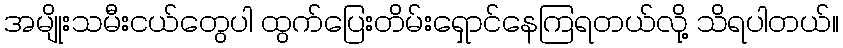
အမျိုးသမီးငယ်တွေပါ ထွက်ပြေးတိမ်းရှောင်နေကြရတယ်လို့ သိရပါတယ်။